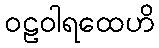
ဝဠဝါရထေဟိ